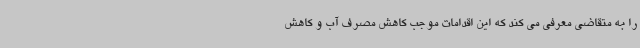
را به متقاضی معرفی می کند که این اقدامات موجب کاهش مصرف آب و کاهش